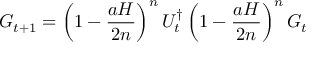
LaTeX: G _ { t + 1 } = \left( 1 - \frac { a H } { 2 n } \right) ^ { n } U _ { t } ^ { \dag } \left( 1 - \frac { a H } { 2 n } \right) ^ { n } G _ { t }